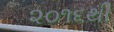
૨૦૧૬થી